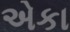
એકા